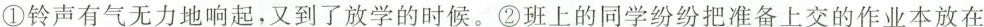
①铃声有气无力地响起，又到了放学的时候。②班上的同学纷纷把准备上交的作业本放在